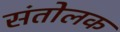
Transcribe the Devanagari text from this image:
संतोलक